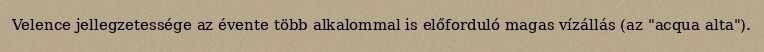
Velence jellegzetessége az évente több alkalommal is előforduló magas vízállás (az "acqua alta").